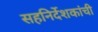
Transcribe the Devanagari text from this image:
सहनिर्देशकांची